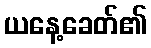
ယနေ့ခေတ်၏